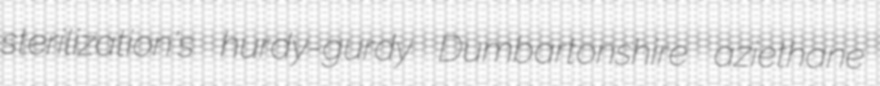
sterilization's hurdy-gurdy Dumbartonshire aziethane